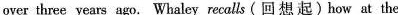
over three years ago. Whaley recalls ( 回想起) how at the